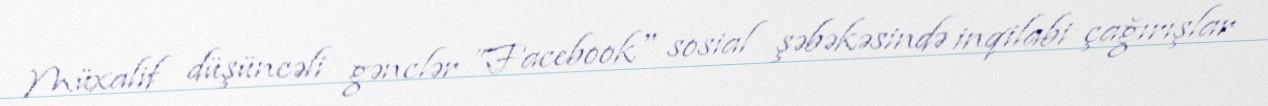
Müxalif düşüncəli gənclər ”Facebook" sosial şəbəkəsində inqilabi çağırışlar